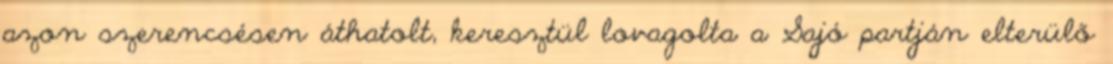
azon szerencsésen áthatolt, keresztül lovagolta a Sajó partján elterülő